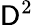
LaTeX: \mathsf{D}^{2}